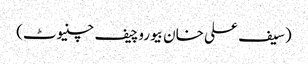
(سیف علی خان بیوروچیف چنیوٹ)